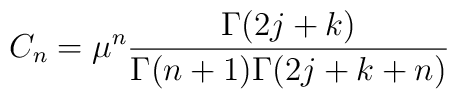
C_n=\mu^n\frac{\Gamma(2j+k)}{\Gamma(n+1)\Gamma(2j+k+n)}